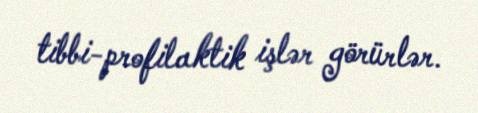
tibbi-profilaktik işlər görürlər.